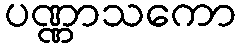
ပဏ္ဏာသကော